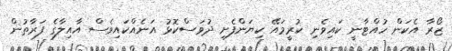
ޒޯރާ އެކަން ހުއްޓާނީ ކައިވެނި ކުރީމައޭ ކިޔަންފެށި ދުވަސްކޮޅު އަނެއްކައިވެސް އާއިލާގެ ފަރާތުން